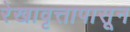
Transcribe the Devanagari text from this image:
रेखावृत्तापासून